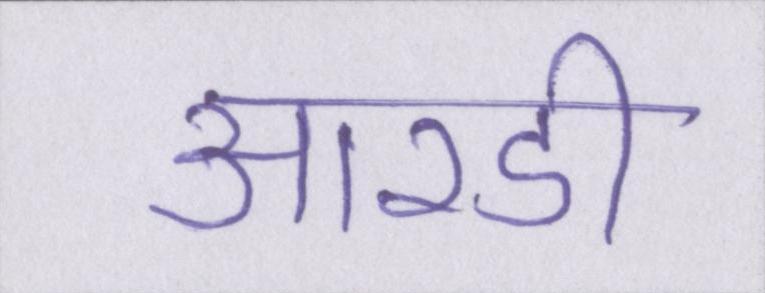
आरडी